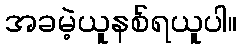
အခမဲ့ယူနစ်ရယူပါ။